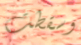
وسقطت